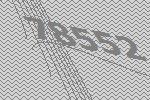
78552